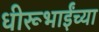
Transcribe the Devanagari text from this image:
धीरूभाईंच्या